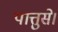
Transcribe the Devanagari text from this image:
पात्तुसे।